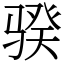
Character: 骙